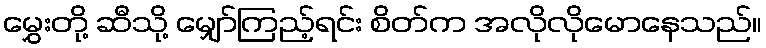
မွှေးတို့ ဆီသို့ မျှော်ကြည့်ရင်း စိတ်က အလိုလိုမောနေသည်။